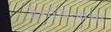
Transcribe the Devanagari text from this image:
ईनडिआना